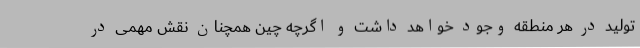
تولید در هر منطقه وجود خواهد داشت و اگرچه چین همچنان نقش مهمی در